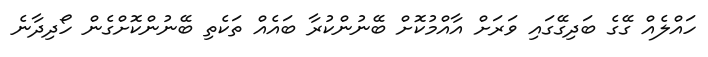
ހައްލެއް ގޭގެ ބަދިގޭގައި ވަރަށް އާއްމުކޮށް ބޭނުންކުރާ ބައެއް ތަކެތި ބޭނުންކޮށްގެން ހޯދިދާނެ